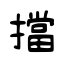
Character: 擋